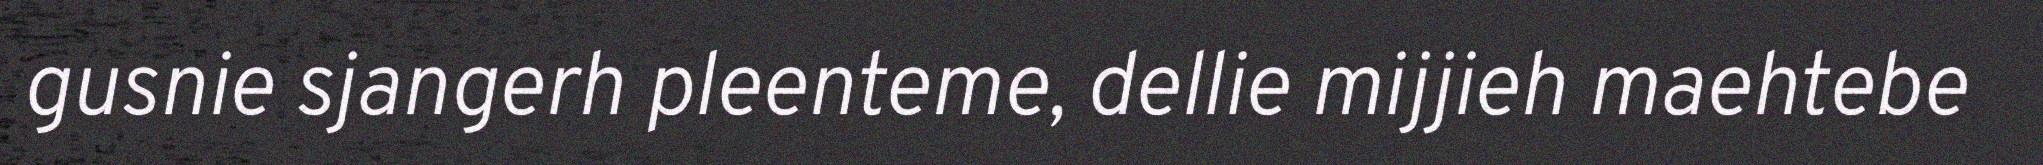
gusnie sjangerh pleenteme, dellie mijjieh maehtebe